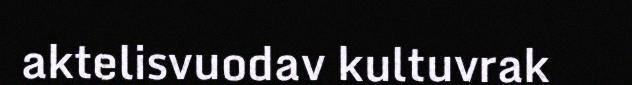
aktelisvuodav kultuvrak